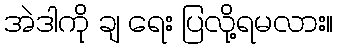
အဲဒါကို ချ ရေး ပြလို့ရမလား။